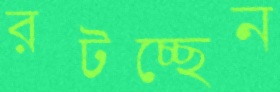
রটচ্ছেন